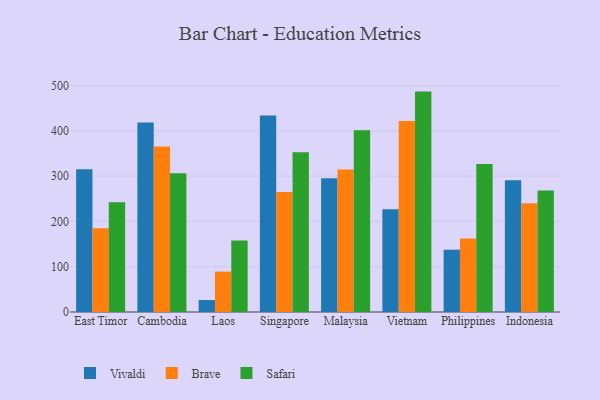
{"axis": {"x": "Country", "y": "Backlog"}, "legend": ["Brave", "Safari", "Vivaldi"], "data": [{"x": "East Timor", "y": 315.1, "type": "Vivaldi"}, {"x": "East Timor", "y": 184.7, "type": "Brave"}, {"x": "East Timor", "y": 242.2, "type": "Safari"}, {"x": "Cambodia", "y": 418.2, "type": "Vivaldi"}, {"x": "Cambodia", "y": 365.4, "type": "Brave"}, {"x": "Cambodia", "y": 306.2, "type": "Safari"}, {"x": "Laos", "y": 26.4, "type": "Vivaldi"}, {"x": "Laos", "y": 89.2, "type": "Brave"}, {"x": "Laos", "y": 158.1, "type": "Safari"}, {"x": "Singapore", "y": 434.0, "type": "Vivaldi"}, {"x": "Singapore", "y": 264.9, "type": "Brave"}, {"x": "Singapore", "y": 352.8, "type": "Safari"}, {"x": "Malaysia", "y": 295.2, "type": "Vivaldi"}, {"x": "Malaysia", "y": 314.4, "type": "Brave"}, {"x": "Malaysia", "y": 401.2, "type": "Safari"}, {"x": "Vietnam", "y": 226.8, "type": "Vivaldi"}, {"x": "Vietnam", "y": 421.9, "type": "Brave"}, {"x": "Vietnam", "y": 486.6, "type": "Safari"}, {"x": "Philippines", "y": 137.5, "type": "Vivaldi"}, {"x": "Philippines", "y": 162.5, "type": "Brave"}, {"x": "Philippines", "y": 326.6, "type": "Safari"}, {"x": "Indonesia", "y": 291.0, "type": "Vivaldi"}, {"x": "Indonesia", "y": 239.9, "type": "Brave"}, {"x": "Indonesia", "y": 268.4, "type": "Safari"}]}